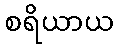
စရိယာယ